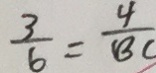
\frac { 3 } { 6 } = \frac { 4 } { B C }